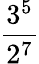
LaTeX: \frac{3^{5}}{2^{7}}